Annual statistical returns and brief notes on vaccination in Bengal - 1909-1929
Year: 1909
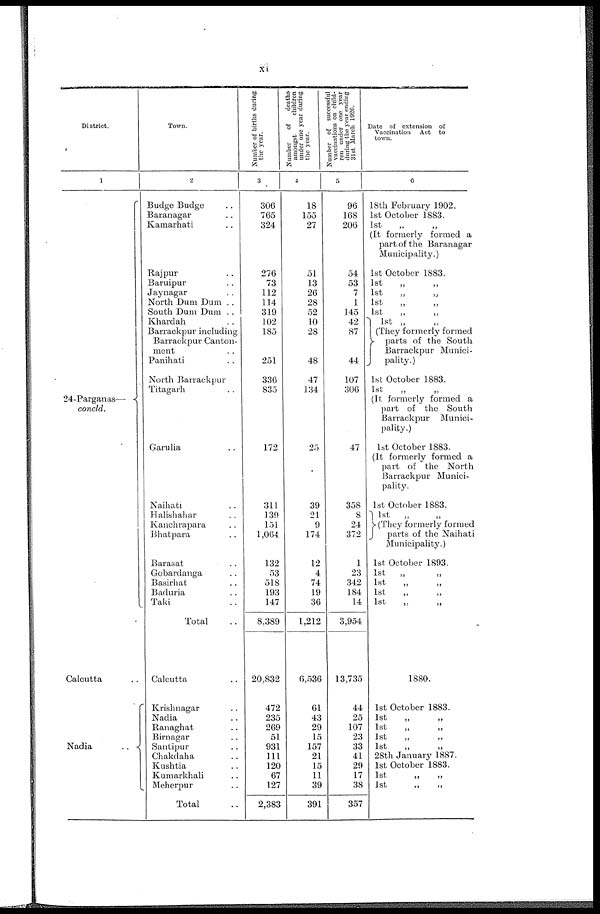
xi
District.
1
24-Parganas—
concld.
Calcutta ..
Nadia
..
Town.
2
Budge Budge ..
Baranagar ..
Kamarhati ..
Rajpur ..
Baruipur ..
Jaynagar ..
North Dum Dum ..
South Dum Dum ..
Khardah ..
Barrackpur including
Barrackpur Canton-
ment
Panihati ..
North Barrackpur
Titagarh ..
Garulia ..
Naihati ..
Halishahar ..
Kanchrapara ..
Bhatpara ..
Barasat ..
Gobardanga ..
Basirhat ..
Baduria ..
Taki ..
Total ..
Calcutta ..
Krishnagar ..
Nadia ..
Ranaghat ..
Birnagar ..
Santipur ..
Chakdaha ..
Kushtia ..
Kumarkhali ..
Meherpur ..
Total ..
Number of births during
the year.
3
306
765
324
276
73
112
114
319
102
185
251
336
835
172
311
139
151
1,064
132
53
518
193
147
8,389
20,832
472
235
269
51
931
111
120
67
127
2,383
Number of
deaths
amongst
children
under one year during
the year.
4
18
155
27
51
13
26
28
52
10
28
48
47
134
25
39
21
9
174
12
4
74
19
36
1,212
6,536
61
43
29
15
157
21
15
11
39
391
Number of successful
vaccinations on child-
ren under one year
during the year ending
31st March 1926.
5
96
168
206
54
53
7
1
145
42
87
44
107
306
47
358
8
24
372
1
23
342
184
14
3,954
13,735
44
25
107
23
33
41
29
17
38
357
Date of extension of
Vaccination Act to
town.
6
18th February 1902.
1st October 1883.
1st „ „
(It formerly formed a
part of the Baranagar
Municipality.)
1st October 1883.
1st
„
„
1st
„
„
1st
„
„
1st
„
„
1st „ „
(They formerly formed
parts of the South
Barrackpur Munici-
pality.)
1st October 1883.
1st
„
„
(It formerly formed a
part of the South
Barrackpur Munici-
pality.)
1st October 1883.
(It formerly formed a
part of the North
Barrackpur Munici-
pality.
1st October 1883.
1st „ „
They formerly formed
parts of the Naihati
Municipality.)
1st October 1893.
1st „ „
1st „ „
1st „ „
1st
„
„
1880.
1st October 1883.
1st
„
„
1st
„
„
1st
„
„
1st
„
„
28th January 1887.
1st October 1883.
1st
„
„
1st
„
„